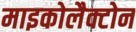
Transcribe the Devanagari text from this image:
माइकोलैक्टोन